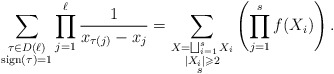
\begin{align*}\sum_{\substack{\tau\in D(\ell)\\\mathrm{sign}(\tau)=1}}\prod_{j=1}^{\ell}\frac{1}{x_{\tau(j)}-x_j}=\sum_{\substack{X=\bigsqcup_{i=1}^{s}X_i\\|X_i|\geqslant 2\\ s\ }}\left(\prod_{j=1}^sf(X_i)\right).\end{align*}